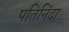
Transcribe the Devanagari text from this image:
पतिनिंदा